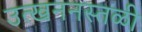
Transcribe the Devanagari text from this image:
उत्खननस्तळी